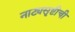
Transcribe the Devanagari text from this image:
नाट्यसृष्टीची